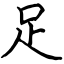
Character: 足